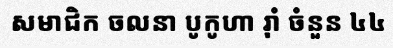
សមាជិក ចលនា បូកូហា រ៉ាំ ចំនួន ៤៤